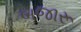
બજારૂ